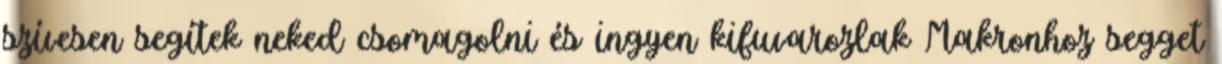
szívesen segítek neked csomagolni és ingyen kifuvarozlak Makronhoz segget